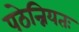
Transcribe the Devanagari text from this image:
पठेन्नियतः